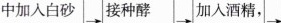
中加入白砂 \rightarrow 接种酵 \rightarrow 加入酒精 \rightarrow